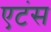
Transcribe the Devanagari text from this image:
एटंस